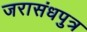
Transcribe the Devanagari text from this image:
जरासंधपुत्र